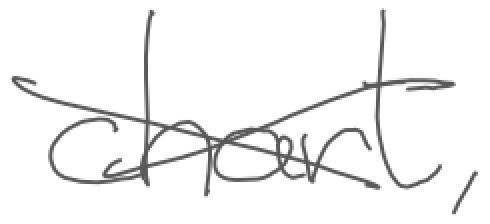
Text: chart,
Cross-out: cross
Writing tool: digital_gray